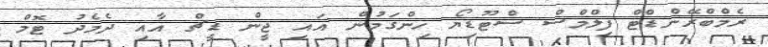
ރެމްބްރޭންޑްޓް ފިލްމްސް ސްޓޫޑިޔޯ ހިންގަމުން އައި ޖީން ޑީޗް އާއި ދެމެދު ޓޮމް